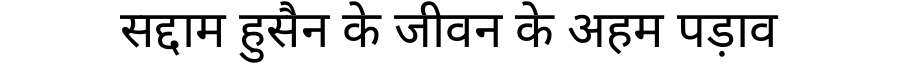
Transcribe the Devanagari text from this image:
सद्दाम हुसैन के जीवन के अहम पड़ाव